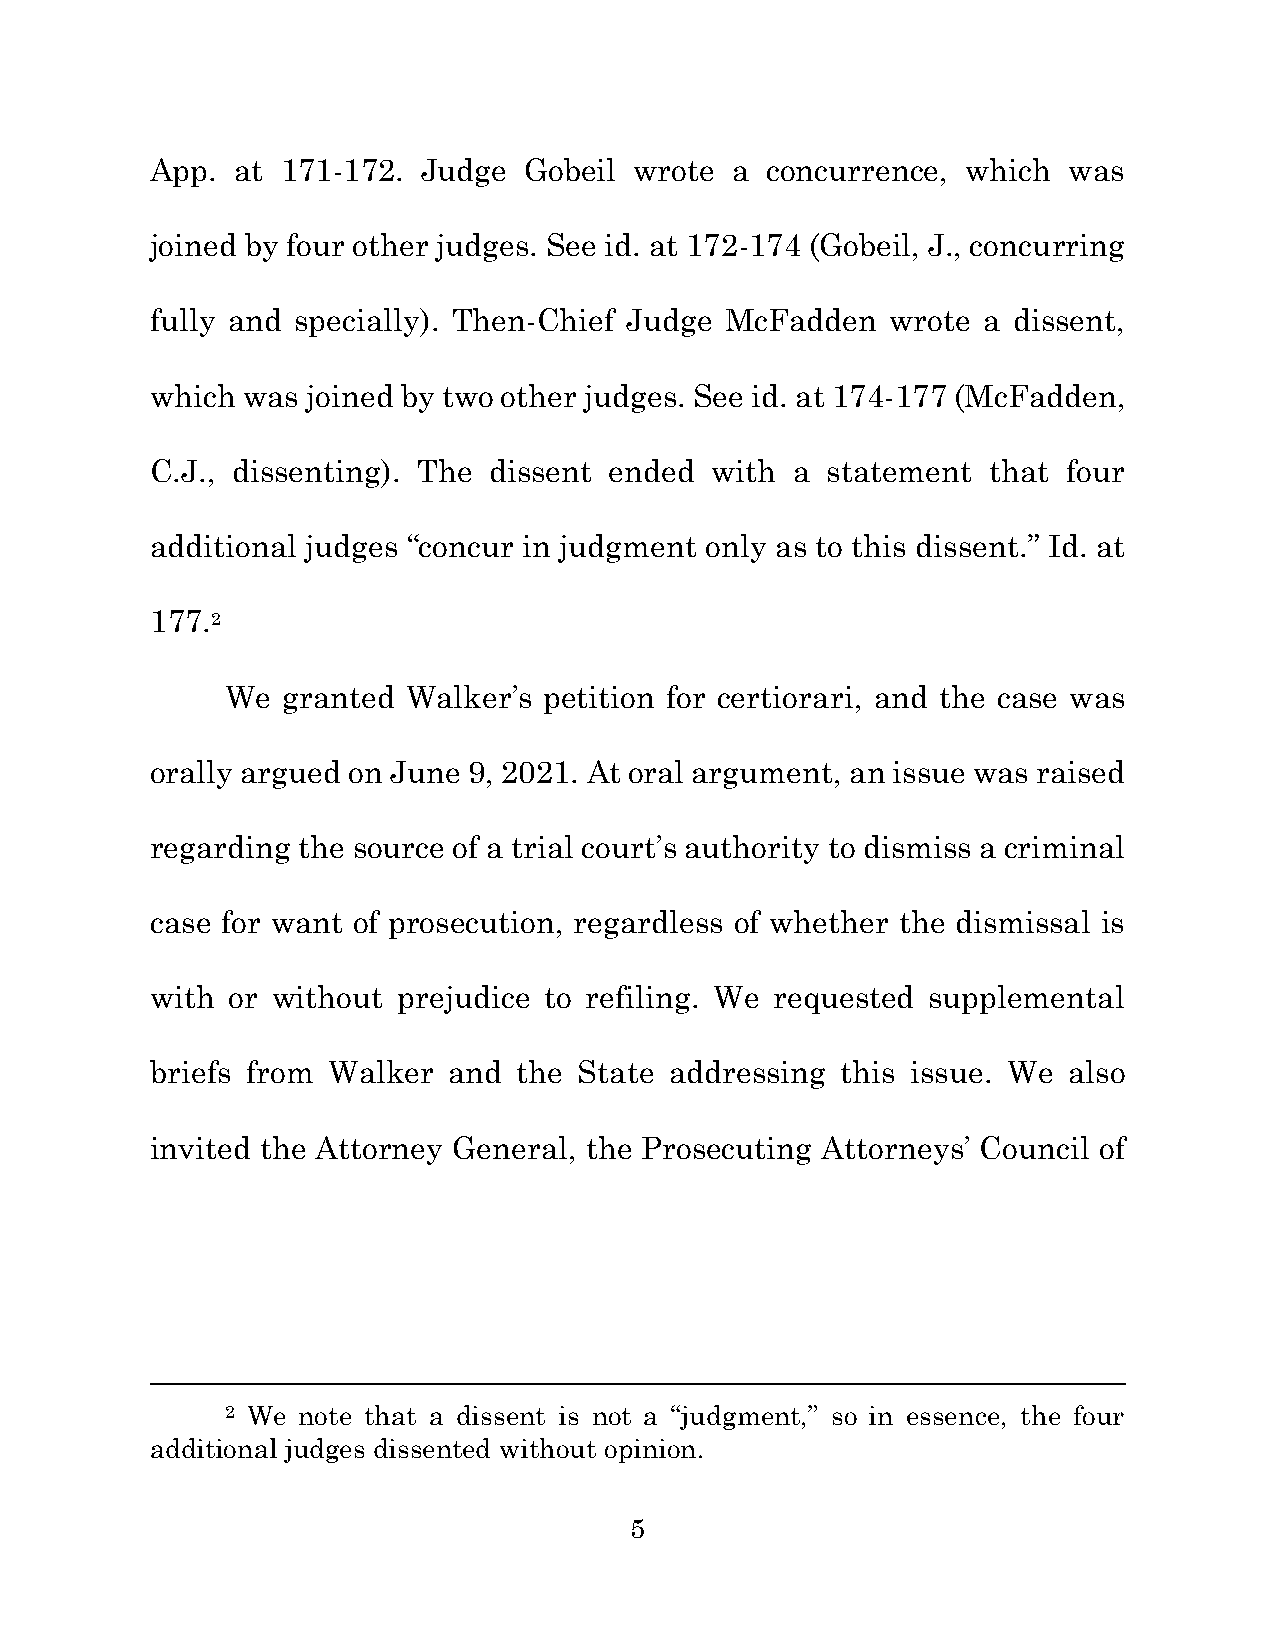
App.  at 171-172. Judge  Gobeil wrote a  concurrence, which  was
 joined by four other judges. See id. at 172-174 (Gobeil, J., concurring
 fully and specially). Then-Chief Judge McFadden  wrote a dissent,
 which was joined by two other judges. See id. at 174-177 (McFadden,
 C.J., dissenting). The dissent ended with a  statement that  four
 additional judges “concur in judgment only as to this dissent.” Id. at
 177.2
 We  granted Walker’s petition for certiorari, and the case was
 orally argued on June 9, 2021. At oral argument, an issue was raised
 regarding the source of a trial court’s authority to dismiss a criminal
 case for want of prosecution, regardless of whether the dismissal is
 with or without prejudice to refiling. We requested supplemental
 briefs from Walker  and the State addressing  this issue. We also
 invited the Attorney General, the Prosecuting Attorneys’ Council of
 2 We note that a dissent is not a “judgment,” so in essence, the four
 additional judges dissented without opinion.
 5